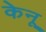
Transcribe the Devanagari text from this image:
केनू